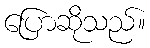
ပြောဆိုသည်။